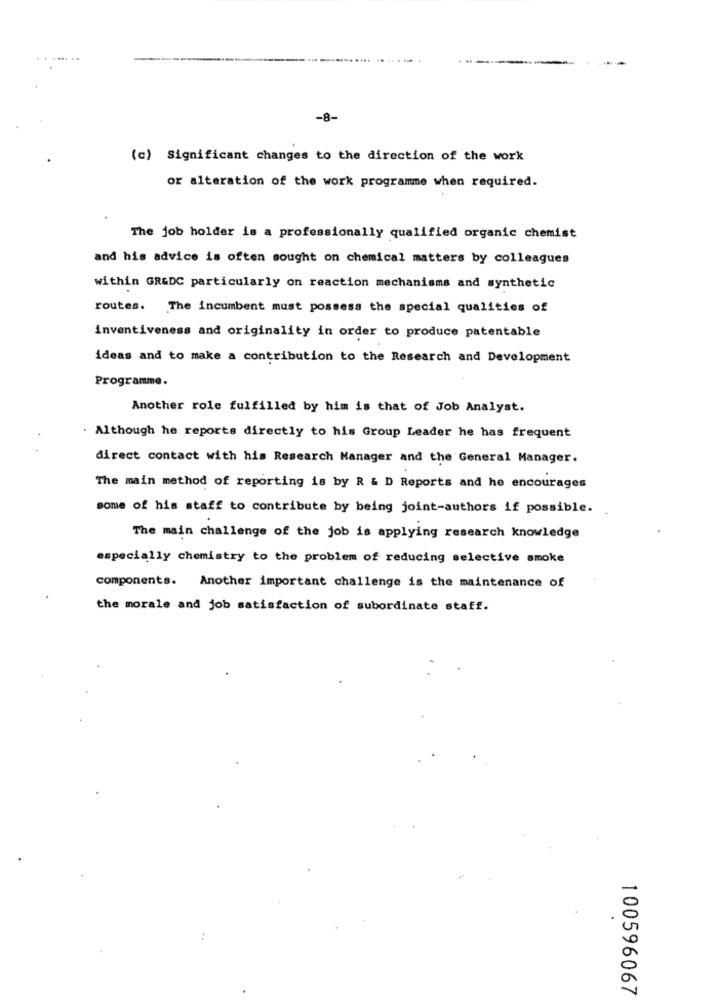
-8-
(c) Significant changes to the direction of the work
or alteration of the work programme when required.
The job holder is a professionally qualified organic chemist
and his advice is often sought on chemical matters by colleagues
within GR&DC particularly on reaction mechanisms and synthetic
routes. The incumbent must possess the special qualities of
inventiveness and originality in order to produce patentable
ideas and to make a contribution to the Research and Development
Programme.
Another role fulfilled by him is that of Job Analyst.
. Although he reports directly to his Group Leader he has frequent
direct contact with his Research Manager and the General Manager.
The main method of reporting is by R & D Reports and he encourages
some of his staff to contribute by being joint-authors if possible.
The main challenge of the job is applying research knowledge
especially chemistry to the problem of reducing selective smoke
components. Another important challenge is the maintenance of
the morale and job satisfaction of subordinate staff.
100596067